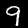
Digit: 9